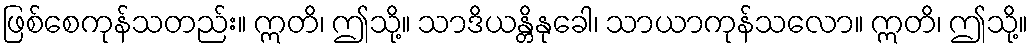
ဖြစ်စေကုန်သတည်း။ ဣတိ၊ ဤသို့။ သာဒိယန္တိနုခေါ၊ သာယာကုန်သလော။ ဣတိ၊ ဤသို့။